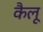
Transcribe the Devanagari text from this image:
कैलू